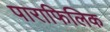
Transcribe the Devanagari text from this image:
पाराफिलिक